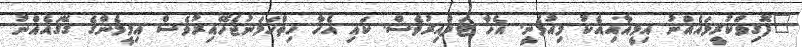
"ފޮގިވްކުރީމައެއްނު އިމީއާއިއެކު މިއުޅެނީ. އެހާ ޓަފްއިރުވެސް. ކައި އެހާ ހިތްހަމަނުޖެހޭއިރުވެސް އިމީމެންގެ ގޭގައެއްނު